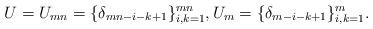
LaTeX: \begin{align*}&U=U_{mn}=\{\delta_{mn-i-k+1}\}_{i,k=1}^{mn}, U_m=\{\delta_{m-i-k+1}\}_{i,k=1}^{m}. \end{align*}